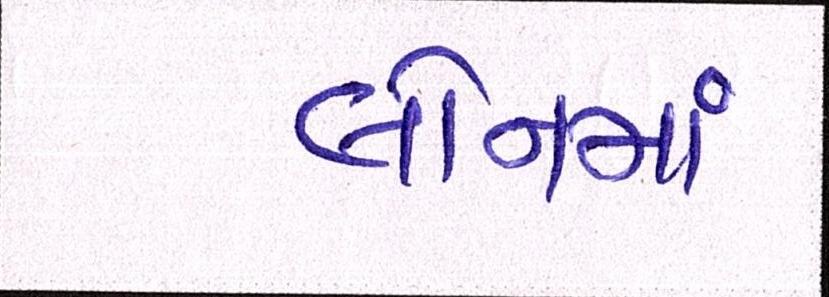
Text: લોનમાં